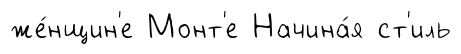
же́нщин'е Монт'е Начина́я ст'иль